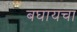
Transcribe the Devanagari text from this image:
बघायचा